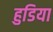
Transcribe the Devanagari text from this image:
हुडिया